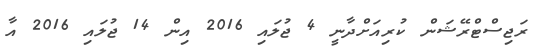
ރަޖިސްޓްރޭޝަން ކުރިއަށްދާނީ 4 ޖުލައި 2016 އިން 14 ޖުލައި 2016 އާ